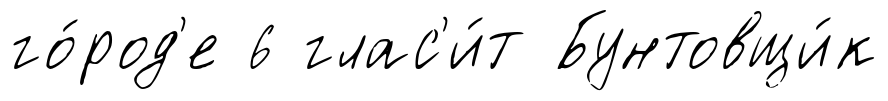
го́род'е 6 глас'и́т Бунтовщи́к